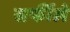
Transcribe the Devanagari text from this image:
सर्फीले